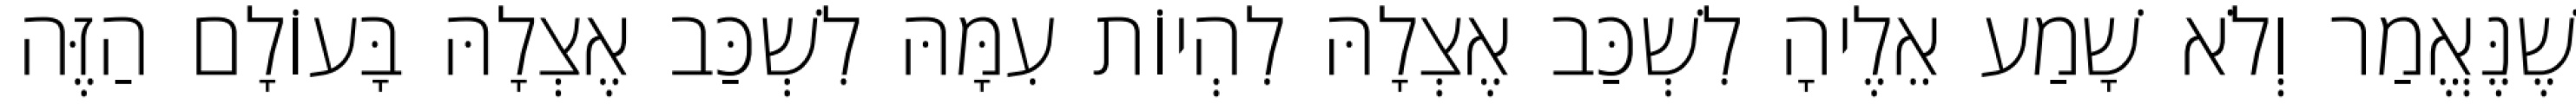
שֶׁנֶּאֱמַר וְלֹא שָׁמַע אֵלֶיהָ לִשְׁכַּב אֶצְלָהּ לִהְיוֹת עִמָּהּ לִשְׁכַּב אֶצְלָהּ בָּעוֹלָם הַזֶּה